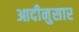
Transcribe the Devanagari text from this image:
आदीनुसार